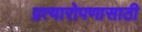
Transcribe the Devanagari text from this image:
प्रत्यारोपणासाठी